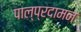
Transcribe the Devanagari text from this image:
पाल्प्रदामन